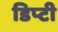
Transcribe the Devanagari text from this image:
डिप्‍टी